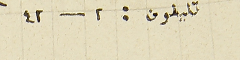
تليفون : ٢ - ٤٢